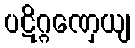
ပဋိဂ္ဂဏှေယျ